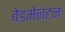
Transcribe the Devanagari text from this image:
बेडमेन्टन